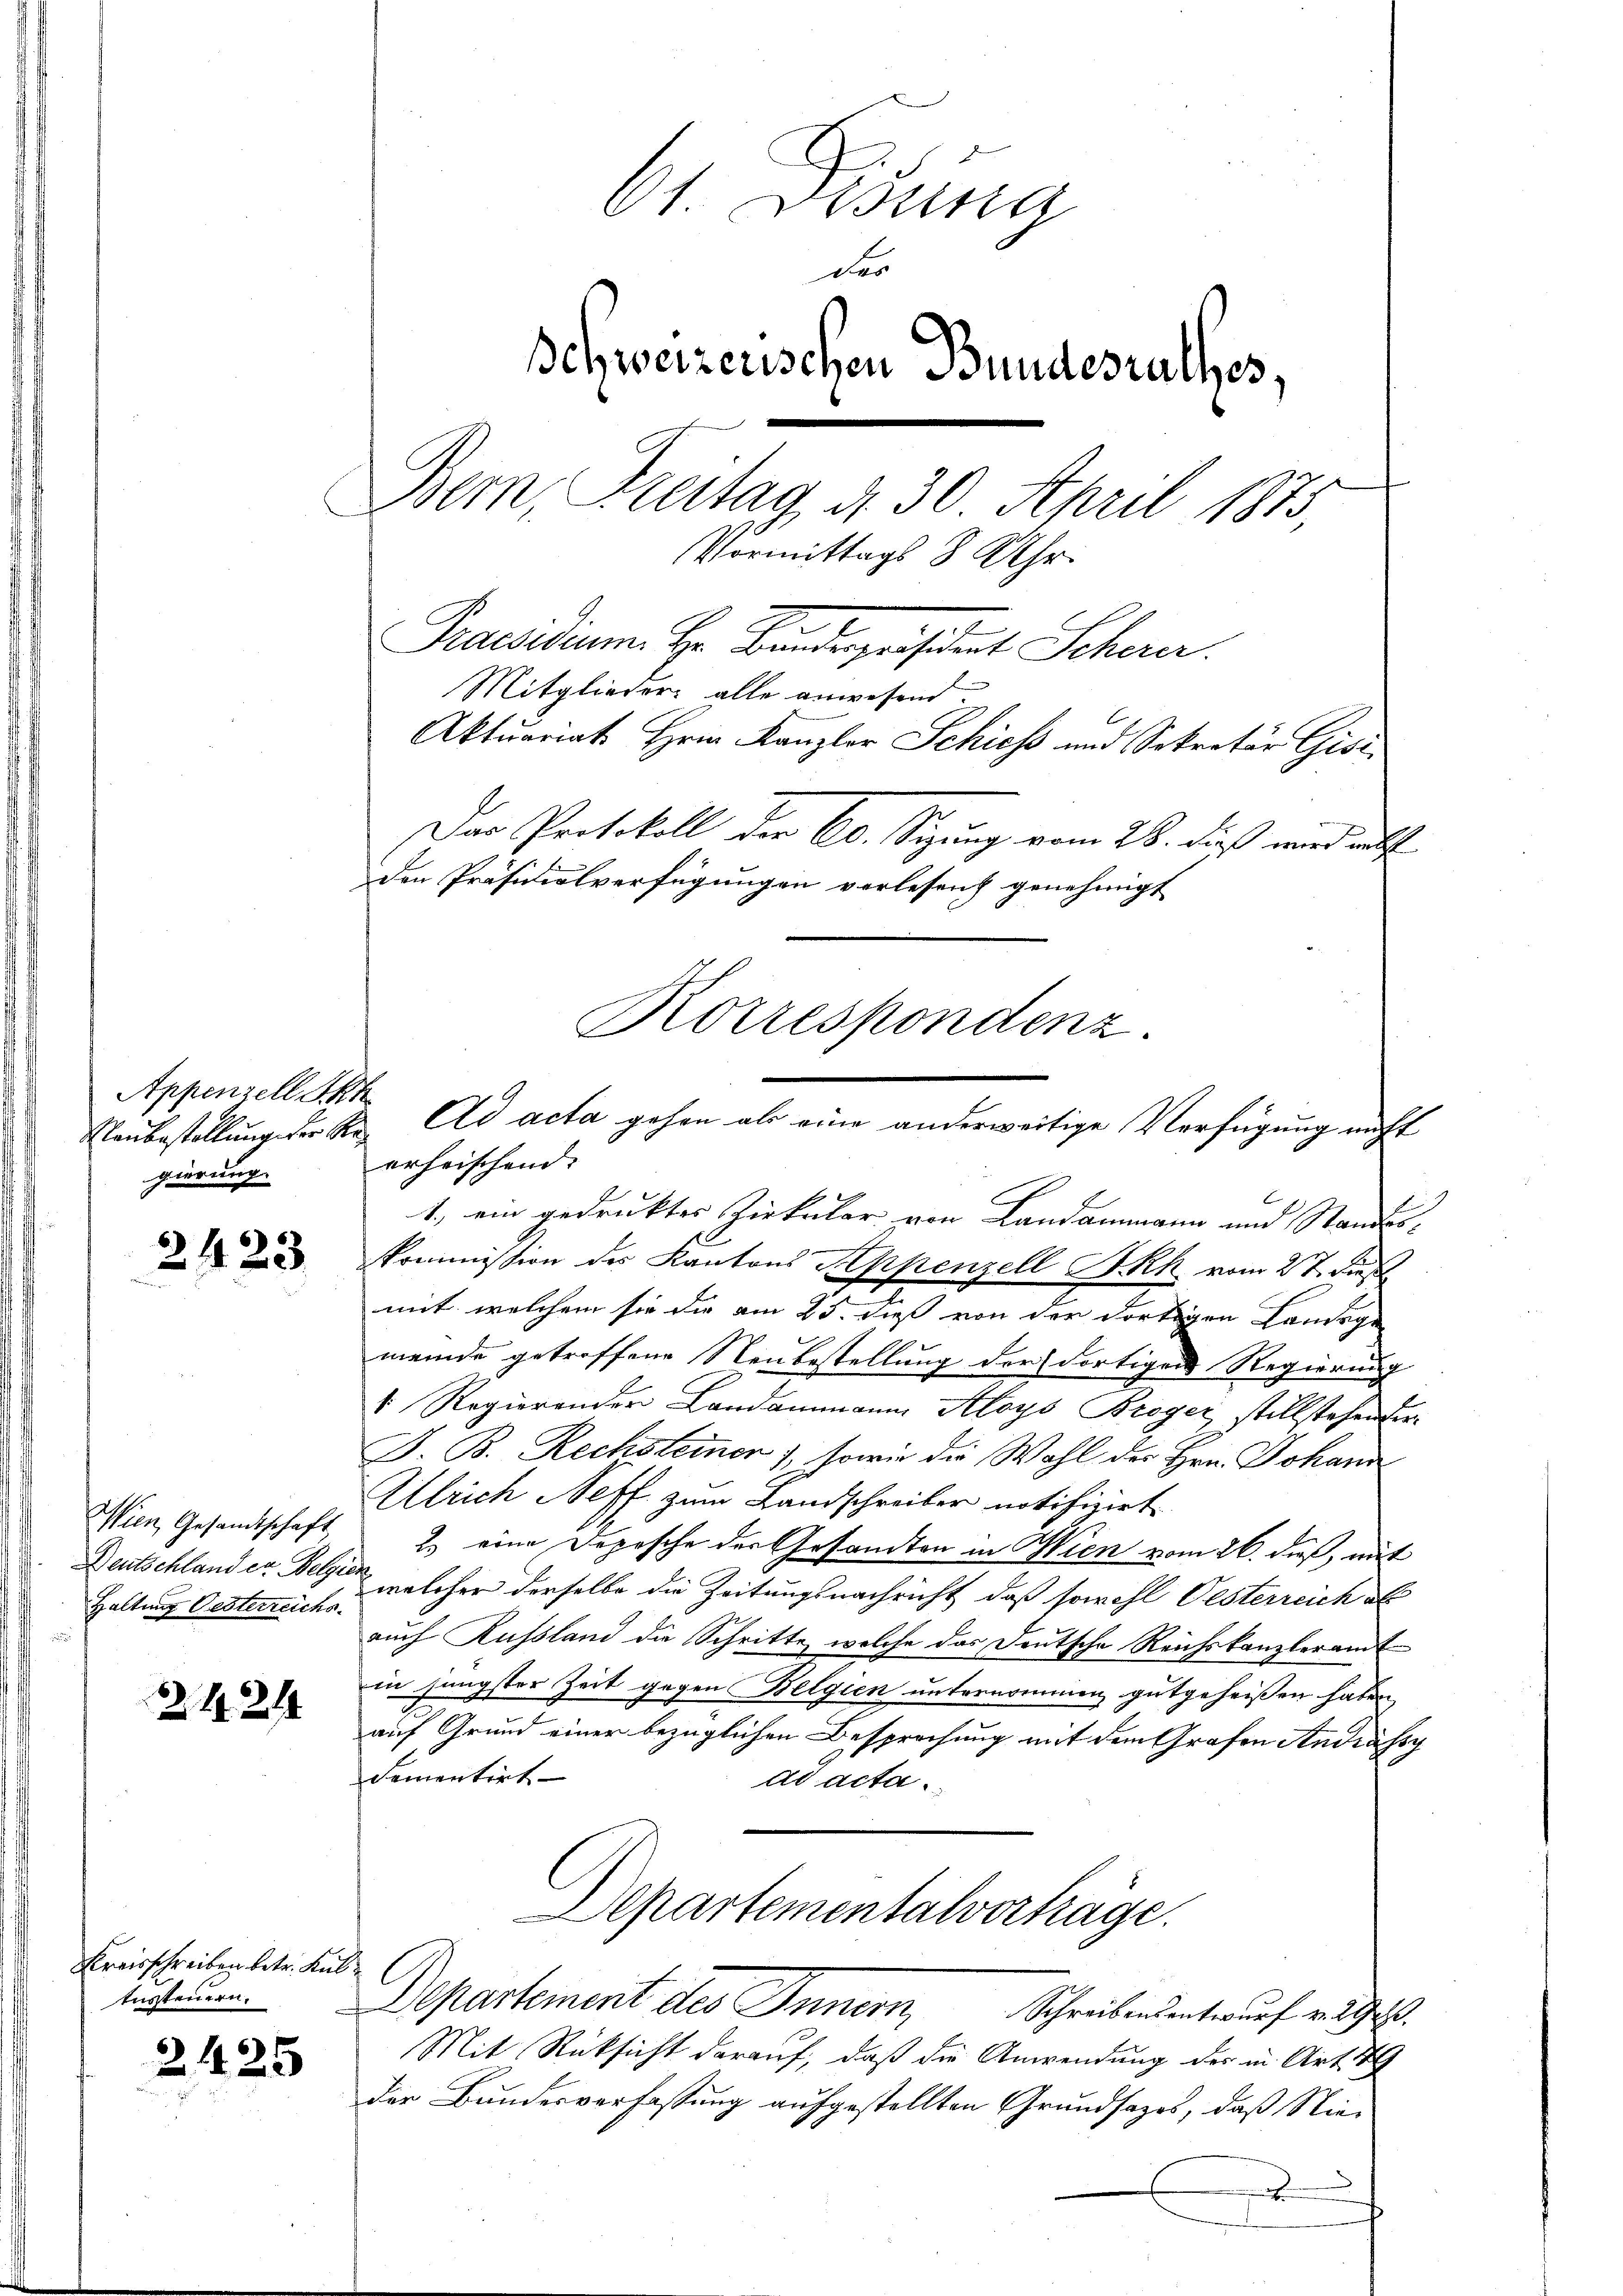
Appenzell Seh
gierung.

2423.

Wien, Gesandtschaft
Deutschland er Belgier
Haltung Oesterreichs.

2124

Kreisschreiben betr. Kultussteuern.

2425

61. Disung
des
Behweizerischen Bundesrathes,
Bem, Freitag, d. 30. April 1873.
Vormittags 8 Uhr.
Praesidium. Hr. Bandespräsident Scherer.
Mitglieder alle anwesend.
Aktuariat Hrn. Kanzler Schiess und Sekretär Gise
Der Protokoll der 60. Sitzung vom 28. dieß wird als
Den Präsidialverfügungen verlesen genehmigt
Korrespondenz.

Naubestellung der K. Ad acta gehen als eine anderweitige Verfügung nicht
erheischend. |

1, ein gedruktes Zirkular von Landammann und Standeskommission des Kantons Keppenzell I.Rh. vom 27. Dies
mit, welchem sie die am 25. dies von der dortigen Landsge
meinde getroffene Neubestellung der dortigen Regierung
1. Regierender Landammann Aloys Breger stillstehen der
J. B. Rechsteiner), sowie die Wahl der Hrn. Johann
Ulrich Neff zum Landschreiber notifizirt
2. eine Depesche der Gesandten in Wien vom 26. dieß, mit
welcher derselbe die Zeitungsnachricht, daß sowohl Oesterreich al
auch Kussland die Schritte, welche das Deutsche Reichskanzleramt
in jüngster Zeit gegen Belgien unternommen gutgeheißen haben
auf Grund einer bezüglichen Besprechung mit dem Grafen Andrässy
dementirt
ad acta.
Departementalverträge.
l
Departement des Innern, Schreibensentwurf v. 292.
Mit Rücksicht darauf, daß die Anwendung des in Art. 179
der Bundesverfassung aufgestellten Grundsazes, daß Nie¬
.